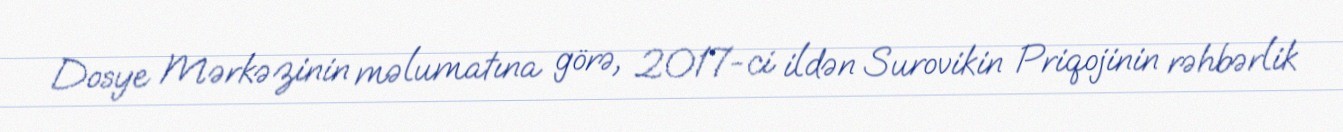
Dosye Mərkəzinin məlumatına görə, 2017-ci ildən Surovikin Priqojinin rəhbərlik